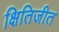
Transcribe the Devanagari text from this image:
क्षितिजीत